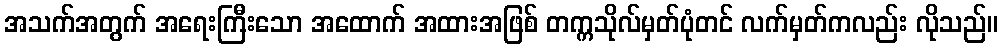
အသက်အတွက် အရေးကြီးသော အထောက် အထားအဖြစ် တက္ကသိုလ်မှတ်ပုံတင် လက်မှတ်ကလည်း လိုသည်။